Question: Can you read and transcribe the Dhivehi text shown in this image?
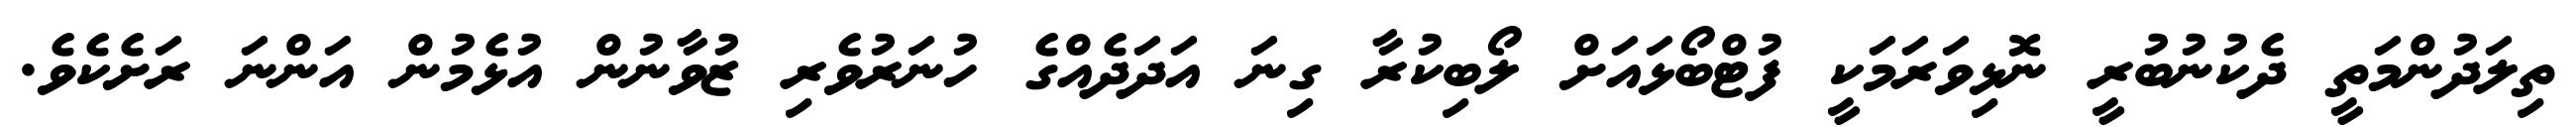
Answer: ތިލަދުންމަތީ ދެކުނުބުރީ ނޮޅިވަރަމަކީ ފުޓްބޯޅައަށް ލޯބިކުރާ ގިނަ އަދަދެއްގެ ހުނަރުވެރި ޒުވާނުން އުޅެމުން އަންނަ ރަށެކެވެ.